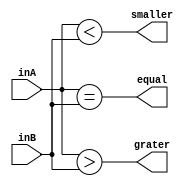

module comparator#(parameter width = 8)
(
	input [width-1:0]inA,
	input [width-1:0]inB,
	output equal,
	output grater,
	output smaller 
);

assign {equal,grater,smaller} = {inA == inB,inA > inB, inA < inB};

endmodule